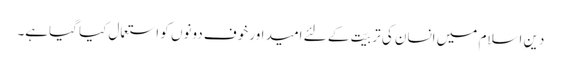
دینِ اسلام میں انسان کی تربیّت کے لئے امید اور خوف دونوں کو استعمال کیا گیاہے۔